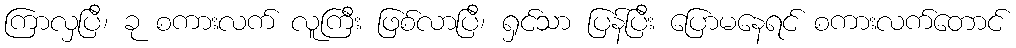
ကြာလှပြီ၊ ခု စကားလက် လူကြီး ဖြစ်လာပြီ၊ ရှင်သာ ပြန်ပြီး ပြောမနေရင် စကားလက်တောင်